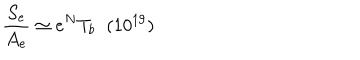
LaTeX: \frac { S _ { e } } { A _ { e } } \simeq e ^ { N } T _ { b } \; \; ( 1 0 ^ { 1 9 } )